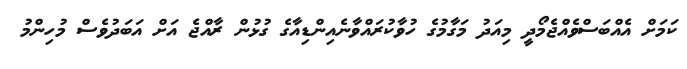
ކަމަށް އެއްބަސްވެއްޖެމޯދީ މިއަދު މަގާމުގެ ހުވާކުރައްވާނެއިންޑިއާގެ ގުޅުން ރާއްޖެ އަށް އަބަދުވެސް މުހިންމު